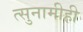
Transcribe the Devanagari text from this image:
त्सुनामीही